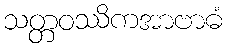
သတ္တဝဿိကအာဗာဓံ